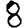
Digit: 8